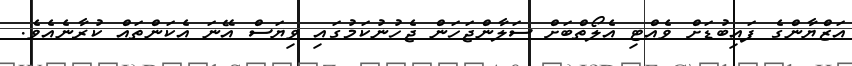
އަޒްޔާންގެ ފައިބުޑަށް ވެއްޓި އެލޯތްބަށް ސަލާންޖަހަން ޖެހުނުކަމުގައި ވިޔަސް އޭނަ އެކަންތައް ކުރާނެއެވެ.